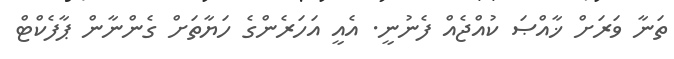
ތަނާ ވަރަށް ޚާއްޞަ ކުއްޖެއް ފެނުނީ. އެއީ އަހަރެންގެ ހަޔާތަށް ގެންނާން ޕާފެކްޓް